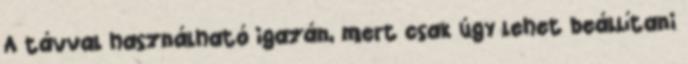
A távval használható igazán, mert csak úgy lehet beállítani